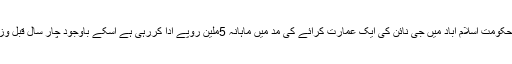
20 مئی2018ء) ڈرگ ریگولیٹری اتھارٹی آف پاکستان (ڈریپ )گزشتہ چار سالوں سے وفاقی دارلحکومت اسلام آباد میں جی نائن کی ایک عمارت کرائے کی مد میں ماہانہ 5ملین روپے ادا کررہی ہے اسکے باوجود چار سال قبل وزارت قومی صحت (این ایچ ایس ) نے اعلان کیا کہ اس ادارے کیلئے ایک دفتر تعمیر کیا جائے گا ۔